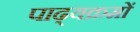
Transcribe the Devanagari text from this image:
पाढ्यक्रमों